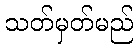
သတ်မှတ်မည်